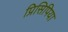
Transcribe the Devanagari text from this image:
प्रिसिपिया